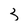
Character: 3